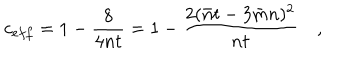
c _ { e f f } = 1 - \frac { 8 } { 4 n t } = 1 - \frac { 2 ( \bar { n } t - 3 \bar { m } n ) ^ { 2 } } { n t } \quad ,